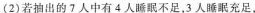
(2)若抽出的了人中有4人睡眠不足，3人睡眠充足，